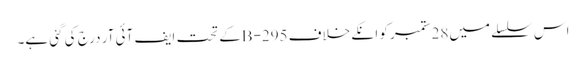
اس سلسلے میں28ستمبر کو انکے خلاف 295-Bکے تحت ایف آئی آر درج کی گئی ہے۔